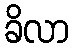
ခိလာ